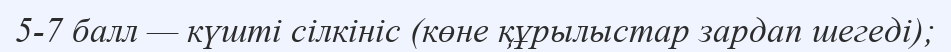
5-7 балл — күшті сілкініс (көне құрылыстар зардап шегеді);